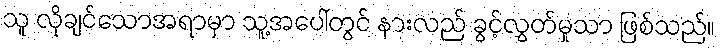
သူ လိုချင်သောအရာမှာ သူ့အပေါ်တွင် နားလည် ခွင့်လွှတ်မှုသာ ဖြစ်သည်။